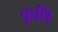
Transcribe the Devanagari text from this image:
कृषि